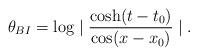
LaTeX: \begin{align*}\theta_{BI}= \log \mid \frac{\cosh(t-t_0)}{\cos (x-x_0)} \mid.\end{align*}